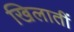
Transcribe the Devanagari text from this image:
खिलातीं